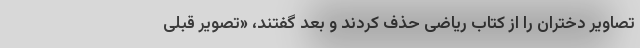
تصاویر دختران را از کتاب ریاضی حذف کردند و بعد گفتند، «تصویر قبلی